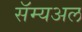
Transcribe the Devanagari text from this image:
सॅम्यअल